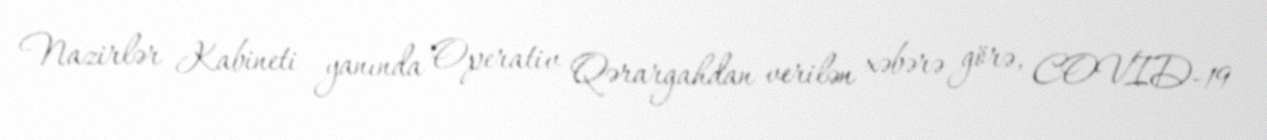
Nazirlər Kabineti yanında Operativ Qərargahdan verilən xəbərə görə, COVID-19